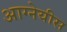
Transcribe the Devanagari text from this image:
आग्नेयीस